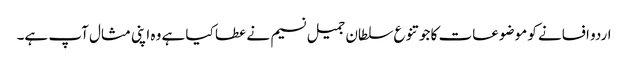
اردو افسانے کو موضوعات کا جو تنوع سلطان جمیل نسیم نے عطا کیا ہے وہ اپنی مثال آپ ہے۔